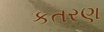
કતરણ